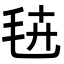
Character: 𭯔